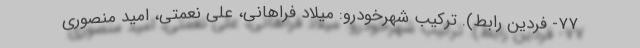
۷۷- فردین رابط). ترکیب شهرخودرو: میلاد فراهانی، علی نعمتی، امید منصوری